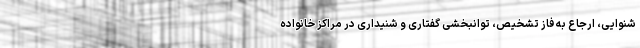
شنوایی، ارجاع به فاز تشخیص، توانبخشی گفتاری و شنیداری در مراکز خانواده